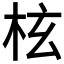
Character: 𣐙